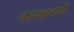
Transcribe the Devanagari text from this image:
चहलक़दमी